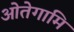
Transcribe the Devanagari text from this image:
ओतेगामि